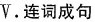
V.连词成句